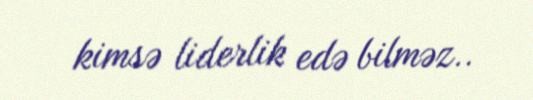
kimsə liderlik edə bilməz..